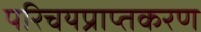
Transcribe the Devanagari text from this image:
परिचयप्राप्तकरण